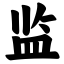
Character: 监